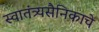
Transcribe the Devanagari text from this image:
स्वातंत्र्यसैनिकाचे